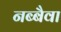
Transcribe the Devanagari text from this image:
नब्बैवा